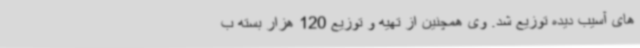
های آسیب دیده توزیع شد. وی همچنین از تهیه و توزیع 120 هزار بسته ب